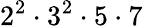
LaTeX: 2^{2}\cdot 3^{2}\cdot 5\cdot 7